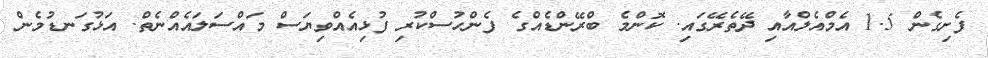
ފެށިގެން 1.5 އެމްއެލްއާއި ދޭތެރޭގައި. ކޮންމެ ބްރޭންޑެއްގެ ފެންހުސްކުރި ފުޅިއެއްވިޔަސް މައްސަލައެއްނެތް. އަޅުގަނޑުމެން